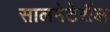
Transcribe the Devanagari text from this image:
सालमेटेरॉल